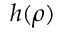
h ( \rho )